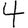
Digit: 4